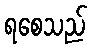
ရစေသည်